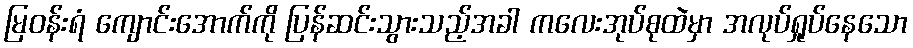
မြဝန်းရံ ကျောင်းအောက်ကို ပြန်ဆင်းသွားသည့်အခါ ကလေးအုပ်စုထဲမှာ အလုပ်ရှုပ်နေသော